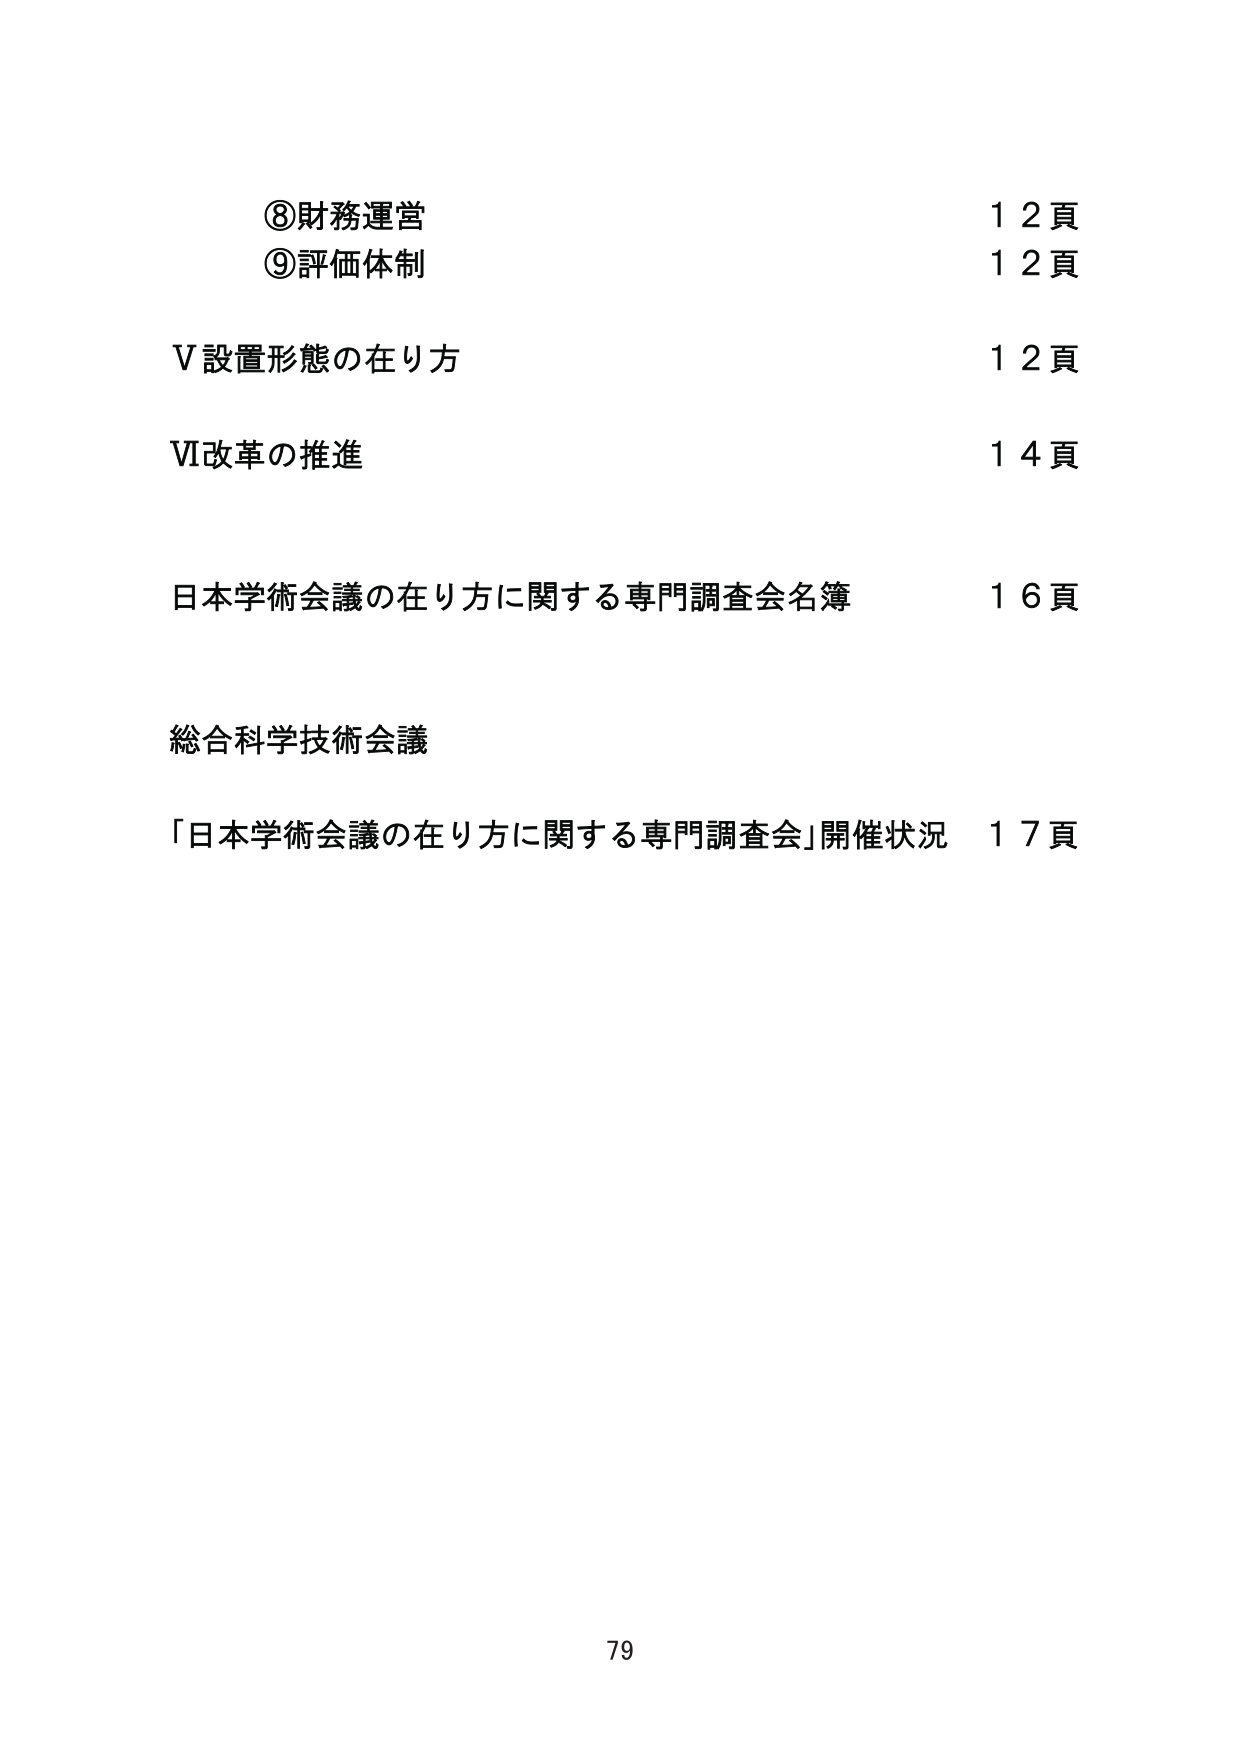
⑧財務運営 12頁
⑨評価体制 12頁
V 設置形態の在り方 12頁
VI 改革の推進 14頁
日本学術会議の在り方に関する専門調査会名簿 16頁
総合科学技術会議
「日本学術会議の在り方に関する専門調査会」開催状況 17頁
79